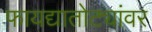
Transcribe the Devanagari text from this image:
फायद्यातोट्यांवर